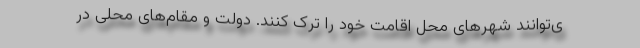
ی‌توانند شهر‌های محل اقامت خود را ترک کنند. دولت و مقام‌های محلی در